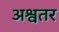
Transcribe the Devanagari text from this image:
अश्वतर